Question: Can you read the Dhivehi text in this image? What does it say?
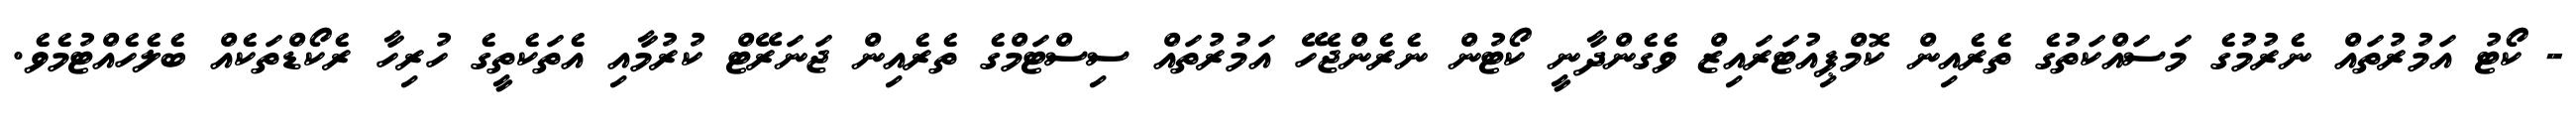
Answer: - ކޯޓު އަމުރުތައް ނެރުމުގެ މަސައްކަތުގެ ތެރެއިން ކޮމްޕިއުޓަރައިޒް ވެގެންދާނީ ކޯޓުން ނެރެންޖެހޭ އަމުރުތައް ސިސްޓަމްގެ ތެރެއިން ޖަނަރޭޓް ކުރުމާއި އެތަކެތީގެ ހުރިހާ ރެކޯޑްތަކެއް ބެލެހެއްޓުމެވެ.